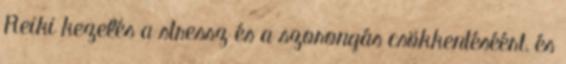
Reiki kezelés a stressz és a szorongás csökkentéséért, és